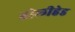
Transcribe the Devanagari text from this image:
होलीहेड